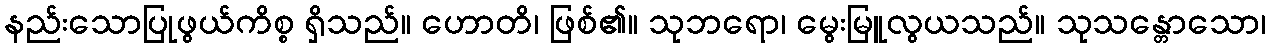
နည်းသောပြုဖွယ်ကိစ္စ ရှိသည်။ ဟောတိ၊ ဖြစ်၏။ သုဘရော၊ မွေးမြူလွယသည်။ သုသန္တောသော၊